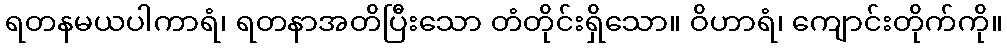
ရတနမယပါကာရံ၊ ရတနာအတိပြီးသော တံတိုင်းရှိသော။ ဝိဟာရံ၊ ကျောင်းတိုက်ကို။